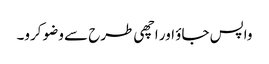
واپس جاؤ اور اچھی طرح سے وضو کرو۔